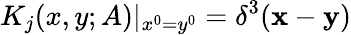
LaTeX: K_{j}(x,y;A)|_{x^{0}=y^{0}}=\delta^{3}({\mathbf x}-{\mathbf y})